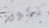
تكون